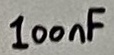
Text: 100nF